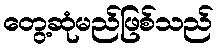
တွေ့ဆုံမည်ဖြစ်သည်